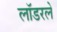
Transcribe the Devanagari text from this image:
लॉडरले